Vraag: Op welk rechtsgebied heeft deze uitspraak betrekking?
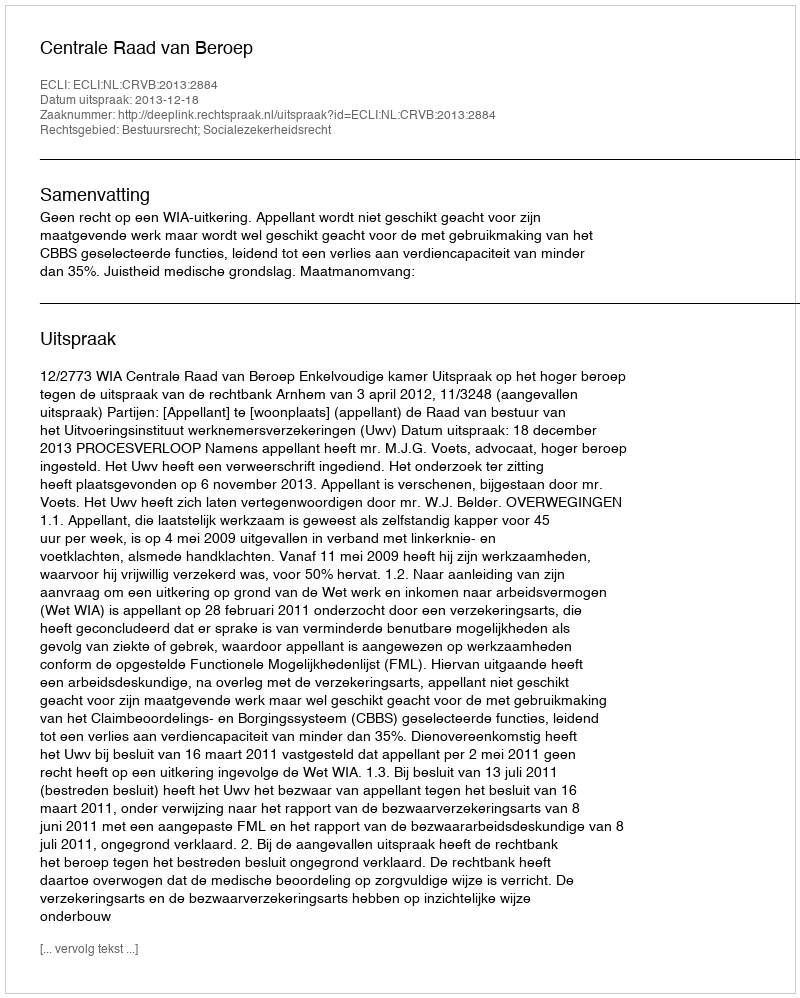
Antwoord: Bestuursrecht; Socialezekerheidsrecht